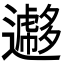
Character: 𨘮